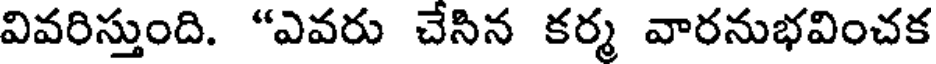
వివరిస్తుంది. "ఎవరు చేసిన కర్మ వారనుభవించక